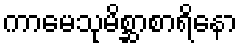
ကာမေသုမိစ္ဆာစာရိနော